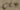
Text: C14